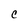
Character: C